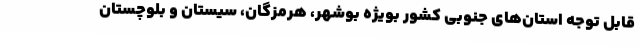
قابل توجه استان‌های جنوبی کشور بویژه بوشهر، هرمزگان، سیستان و بلوچستان